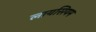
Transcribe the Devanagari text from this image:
लायसियम